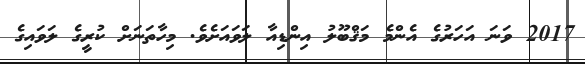
2017 ވަނަ އަހަރުގެ އެންމެ މަޤްބޫލު އިންޑިއާ ލަވައަށެވެ. މިހާތަނަށް ކުރީގެ ލަވައިގެ